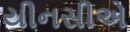
યીનસીએ